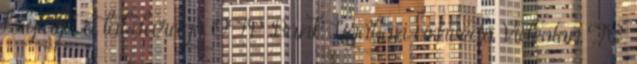
folytatja a labdarúgó OTP Bank Ligában címvédő Videoton FC.